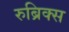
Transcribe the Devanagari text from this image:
रुब्रिक्स